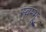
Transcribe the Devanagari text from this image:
स्वम्भू